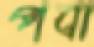
পবা